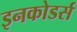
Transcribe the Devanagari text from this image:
इनकोडर्स